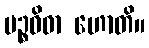
ပဉ္စဝိဓာ ဟောတိ။